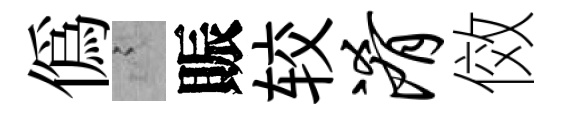
偽謭賑较淆傚